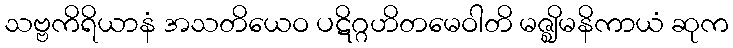
သဗ္ဗကိရိယာနံ အသတိယေဝ ပဋိဂ္ဂဟိတမေဝါတိ မဇ္ဈိမနိကာယံ ဆုက